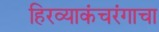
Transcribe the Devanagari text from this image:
हिरव्याकंचरंगाचा